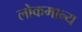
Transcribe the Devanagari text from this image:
लोकमान्‍य